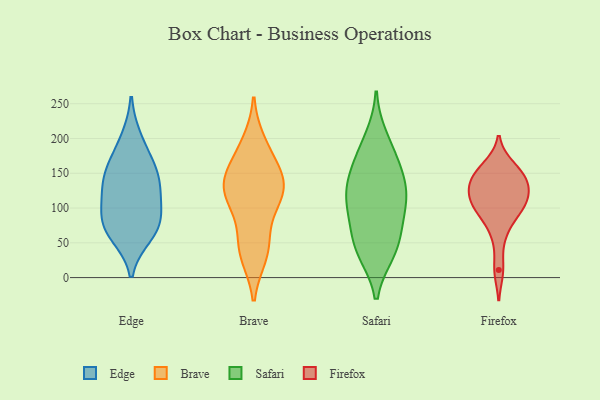
{"axis": {"x": "Operating Costs (USD K)", "y": "Value"}, "legend": ["Brave", "Edge", "Firefox", "Safari"], "data": [{"x": "", "y": 161, "type": "Edge"}, {"x": "", "y": 157, "type": "Edge"}, {"x": "", "y": 120, "type": "Edge"}, {"x": "", "y": 78, "type": "Edge"}, {"x": "", "y": 62, "type": "Edge"}, {"x": "", "y": 139, "type": "Edge"}, {"x": "", "y": 199, "type": "Edge"}, {"x": "", "y": 118, "type": "Edge"}, {"x": "", "y": 82, "type": "Edge"}, {"x": "", "y": 72, "type": "Edge"}, {"x": "", "y": 150, "type": "Brave"}, {"x": "", "y": 43, "type": "Brave"}, {"x": "", "y": 97, "type": "Brave"}, {"x": "", "y": 192, "type": "Brave"}, {"x": "", "y": 122, "type": "Brave"}, {"x": "", "y": 44, "type": "Brave"}, {"x": "", "y": 139, "type": "Brave"}, {"x": "", "y": 34, "type": "Brave"}, {"x": "", "y": 128, "type": "Brave"}, {"x": "", "y": 118, "type": "Brave"}, {"x": "", "y": 179, "type": "Brave"}, {"x": "", "y": 135, "type": "Brave"}, {"x": "", "y": 174, "type": "Safari"}, {"x": "", "y": 121, "type": "Safari"}, {"x": "", "y": 67, "type": "Safari"}, {"x": "", "y": 107, "type": "Safari"}, {"x": "", "y": 137, "type": "Safari"}, {"x": "", "y": 200, "type": "Safari"}, {"x": "", "y": 138, "type": "Safari"}, {"x": "", "y": 90, "type": "Safari"}, {"x": "", "y": 108, "type": "Safari"}, {"x": "", "y": 40, "type": "Safari"}, {"x": "", "y": 166, "type": "Safari"}, {"x": "", "y": 43, "type": "Safari"}, {"x": "", "y": 37, "type": "Safari"}, {"x": "", "y": 90, "type": "Firefox"}, {"x": "", "y": 104, "type": "Firefox"}, {"x": "", "y": 131, "type": "Firefox"}, {"x": "", "y": 11, "type": "Firefox"}, {"x": "", "y": 127, "type": "Firefox"}, {"x": "", "y": 98, "type": "Firefox"}, {"x": "", "y": 160, "type": "Firefox"}, {"x": "", "y": 155, "type": "Firefox"}, {"x": "", "y": 119, "type": "Firefox"}, {"x": "", "y": 62, "type": "Firefox"}, {"x": "", "y": 143, "type": "Firefox"}, {"x": "", "y": 142, "type": "Firefox"}, {"x": "", "y": 108, "type": "Firefox"}]}